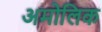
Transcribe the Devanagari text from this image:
अमोलिक